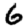
Digit: 6